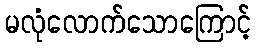
မလုံလောက်သောကြောင့်